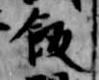
飯